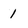
Character: 1